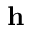
\mathbf { h }